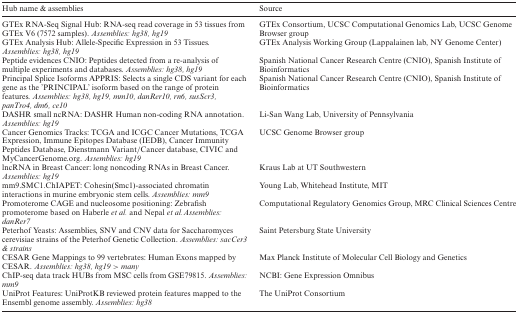
| Hub name & assemblies | Source |
 | --- | --- |
 | GTEx RNA-Seq Signal Hub: RNA-seq read coverage in 53 tissues from GTEx V6 (7572 samples). Assemblies: hg38, hg19 | GTEx Consortium, UCSC Computational Genomics Lab, UCSC Genome Browser group |
 | GTEx Analysis Hub: Allele-Specific Expression in 53 Tissues. Assemblies: hg38, hg19 | GTEx Analysis Working Group (Lappalainen lab, NY Genome Center) |
 | Peptide evidences CNIO: Peptides detected from a re-analysis of multiple experiments and databases. Assemblies: hg38, hg19 | Spanish National Cancer Research Centre (CNIO), Spanish Institute of Bioinformatics |
 | Principal Splice Isoforms APPRIS: Selects a single CDS variant for each gene as the ‘PRINCIPAL’ isoform based on the range of protein features. Assemblies: hg38, hg19, mm10, danRer10, rn6, susScr3, panTro4, dm6, ce10 | Spanish National Cancer Research Centre (CNIO), Spanish Institute of Bioinformatics |
 | DASHR small ncRNA: DASHR Human non-coding RNA annotation. Assemblies: hg19 | Li-San Wang Lab, University of Pennsylvania |
 | Cancer Genomics Tracks: TCGA and ICGC Cancer Mutations, TCGA Expression, Immune Epitopes Database (IEDB), Cancer Immunity Peptides Database, Dienstmann Variant/Cancer database, CIVIC and MyCancerGenome.org. Assemblies: hg19 | UCSC Genome Browser group |
 | lncRNA in Breast Cancer: long noncoding RNAs in Breast Cancer. Assemblies: hg19 | Kraus Lab at UT Southwestern |
 | mm9.SMC1.ChIAPET: Cohesin(Smc1)-associated chromatin interactions in murine embryonic stem cells. Assemblies: mm9 | Young Lab, Whitehead Institute, MIT |
 | Promoterome CAGE and nucleosome positioning: Zebrafish promoterome based on Haberle et al. and Nepal et al.Assemblies: danRer7 | Computational Regulatory Genomics Group, MRC Clinical Sciences Centre |
 | Peterhof Yeasts: Assemblies, SNV and CNV data for Saccharomyces cerevisiae strains of the Peterhof Genetic Collection. Assemblies: sacCer3 & strains | Saint Petersburg State University |
 | CESAR Gene Mappings to 99 vertebrates: Human Exons mapped by CESAR. Assemblies: hg38, hg19 > many | Max Planck Institute of Molecular Cell Biology and Genetics |
 | ChIP-seq data track HUBs from MSC cells from GSE79815. Assemblies: mm9 | NCBI: Gene Expression Omnibus |
 | UniProt Features: UniProtKB reviewed protein features mapped to the Ensembl genome assembly. Assemblies: hg38 | The UniProt Consortium |